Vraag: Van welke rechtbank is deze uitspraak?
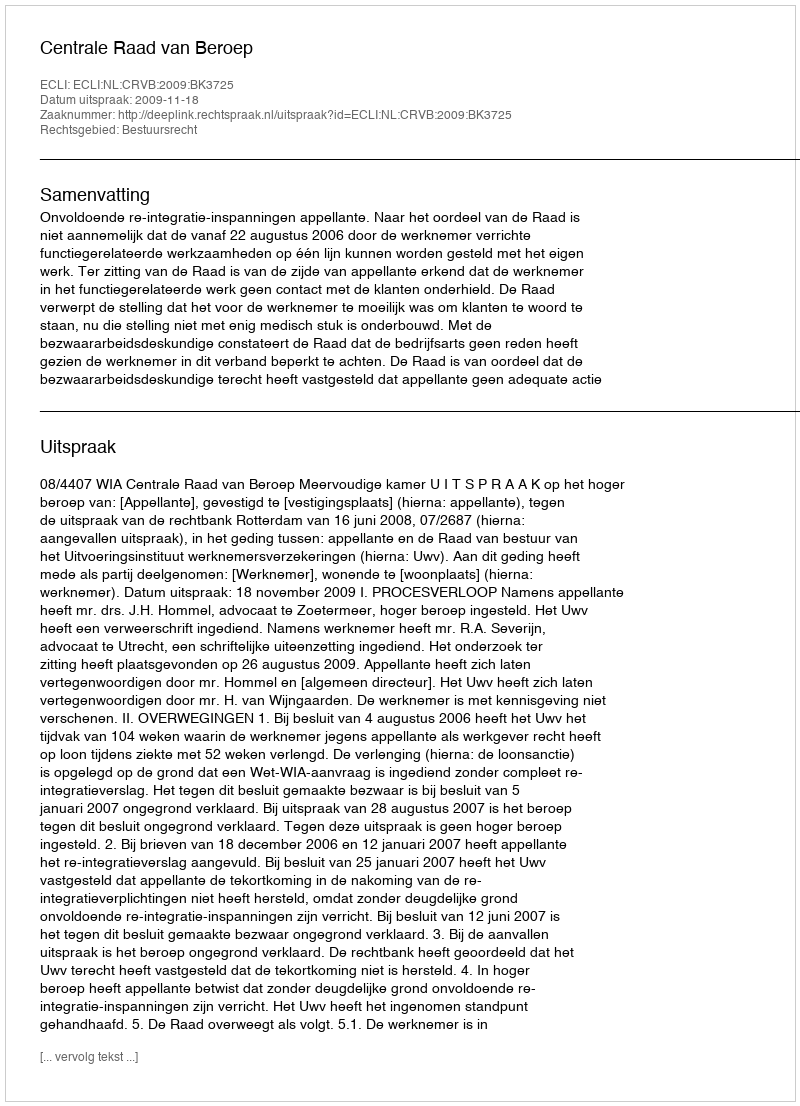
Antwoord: Centrale Raad van Beroep